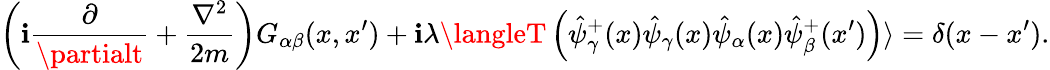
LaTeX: \left(\mathbf{i}\frac{{\partial}}{{\partialt}}+\frac{{\nabla^{2}}}{{2m}}\right)G_{\alpha\beta}(x,x^{\prime})+\mathbf{i}\lambda\langleT\left(\hat{{\psi}}_{\gamma}^{+}(x)\hat{{\psi}}_{\gamma}(x)\hat{{\psi}}_{\alpha}(x)\hat{{\psi}}_{\beta}^{+}(x^{\prime})\right)\rangle=\delta(x-x^{\prime}).